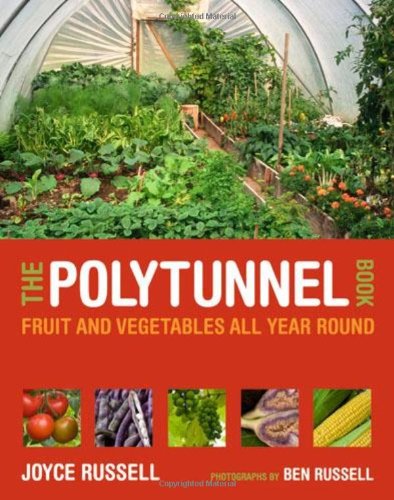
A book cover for The Polytunnel Book: Fruit and Vegetables All Year Round; Joyce Russell; Crafts, Hobbies & Home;